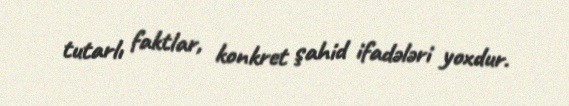
tutarlı faktlar, konkret şahid ifadələri yoxdur.